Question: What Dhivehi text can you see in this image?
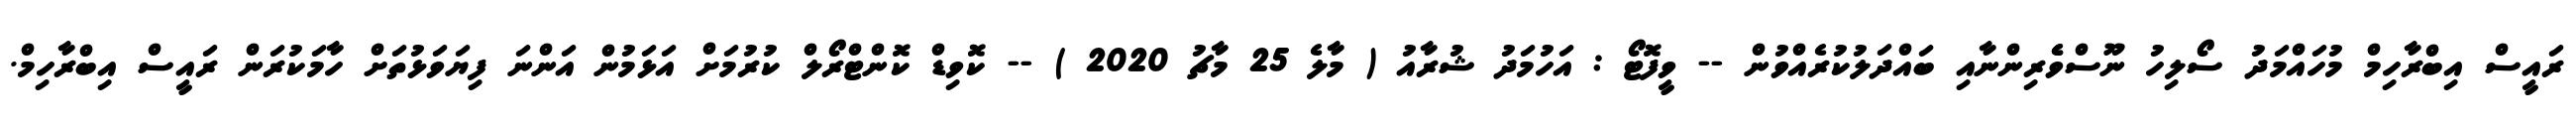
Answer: ރައީސް އިބްރާހިމް މުހައްމަދު ސޯލިހު ނޫސްވެެރިންނާއި ބައްދަލުކުރެއްވުން -- ވީފޮޓޯ : އަހުމަދު ޝުރާއު ( މާލެ 25 މާޗު 2020 ) -- ކޮވިޑް ކޮންޓްރޯލް ކުރުމަށް އަޅަމުން އަންނަ ފިޔަވަޅުތަށް ހާމަކުރަން ރައީސް އިބްރާހިމް.